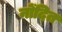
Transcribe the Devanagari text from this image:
नोंदित